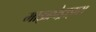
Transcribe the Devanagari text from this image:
माइक्रोड्राइव्स